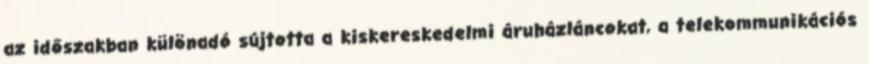
az időszakban különadó sújtotta a kiskereskedelmi áruházláncokat, a telekommunikációs